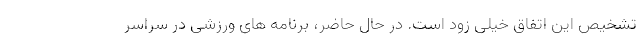
تشخیص این اتفاق خیلی زود است. در حال حاضر، برنامه های ورزشی در سراسر